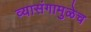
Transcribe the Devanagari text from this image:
व्यासंगामुळेच